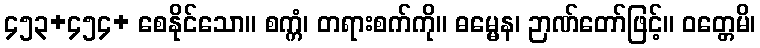
၄၅၃+၄၅၄+ စေနိုင်သော။ စက္ကံ၊ တရားစက်ကို။ ဓမ္မေန၊ ဉာဏ်တော်ဖြင့်။ ဝတ္တေမိ၊